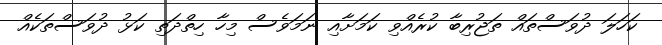
ކަހަލަ ދުވަސްތައް ތަޖުރިބާ ކުރެއްވި ކަމަށާއި ނަމަވެސް މިހާ ހިތްދަތި ކަޅު ދުވަސްތަކެއް